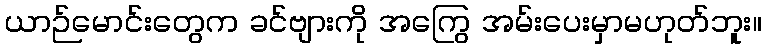
ယာဉ်မောင်းတွေက ခင်ဗျားကို အကြွေ အမ်းပေးမှာမဟုတ်ဘူး။